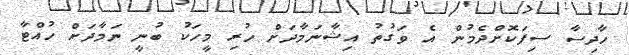
ހާދިސާ ސިފަކޮށްދެމުން އެ ވަގުތު އިޝާނަމާދަށް ހުރި މީހަކު ބުނީ ނަމާދަށް ހުއްޓާ